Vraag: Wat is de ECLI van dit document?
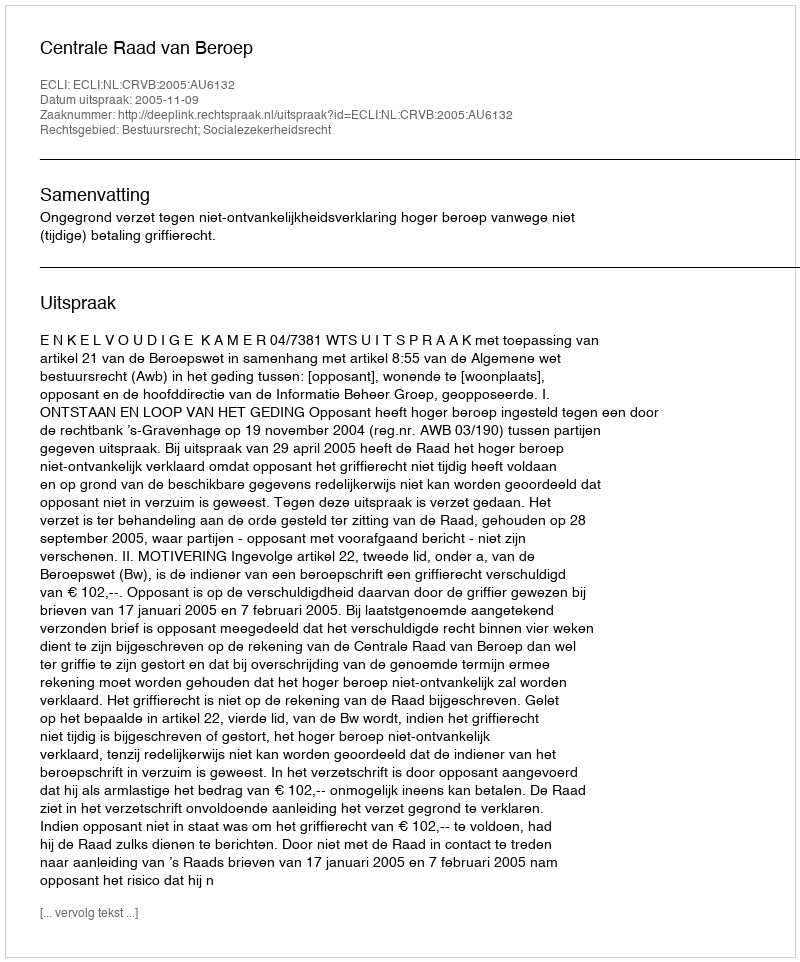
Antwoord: ECLI:NL:CRVB:2005:AU6132